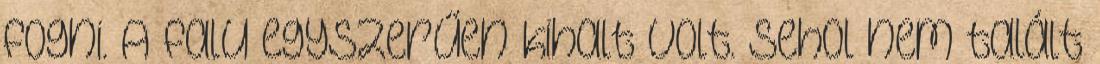
fogni. A falu egyszerűen kihalt volt. Sehol nem talált